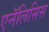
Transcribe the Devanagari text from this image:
एनॅलिसिस